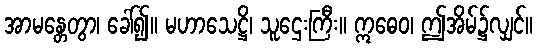
အာမန္တေတွာ၊ ခေါ်၍။ မဟာသေဋ္ဌိ၊ သူဌေးကြီး။ ဣဓေဝ၊ ဤအိမ်၌လျှင်။